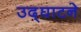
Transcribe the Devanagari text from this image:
उद्‌घाटने